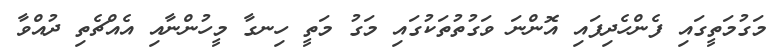
މަގުމަތީގައި ފެންހެދިފައި އޮންނަ ވަގުތުތަކުގައި މަގު މަތީ ހިނގާ މީހުންނާއި އެއްޗެތި ދުއްވާ